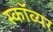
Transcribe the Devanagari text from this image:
स्काॅव्यर